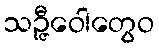
သဉ္ဇီဝေါတွေဝ